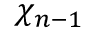
\chi _ { n - 1 }